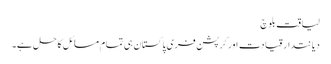
لیاقت بلوچ
دیانتدار قیادت اور کرپشن فری پاکستان ہی تمام مسائل کا حل ہے۔